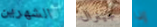
الشهرين جينرال إذا